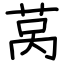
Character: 莴